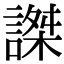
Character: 謋